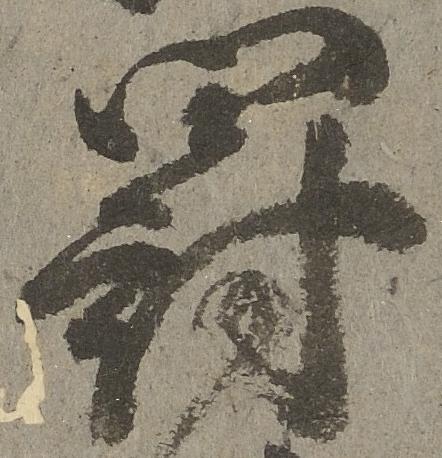
罰